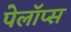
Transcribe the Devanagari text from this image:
पेलॉप्स